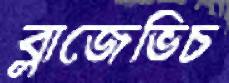
ব্লাজেভিচ